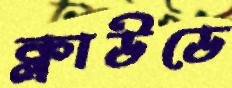
ক্লাউডে